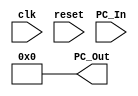
module PC
(
input clk,
input reset,
input [63:0] PC_In,
output reg [63:0] PC_Out
);

initial
PC_Out = 64'b0;

/*
always@(posedge clk or reset)
begin
if (reset == 1'b1)
  PC_Out = 64'b0;
else
  PC_Out = PC_In;
end
*/

always@(posedge clk)
PC_Out = PC_In;

always@(reset)
begin
if(reset == 1'b1) 
  PC_Out = 64'b0;
end


endmodule